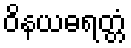
ဝိနယဓရတ္တံ